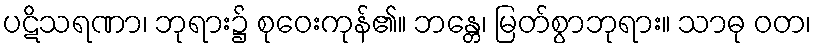
ပဋိသရဏာ၊ ဘုရား၌ စုဝေးကုန်၏။ ဘန္တေ၊ မြတ်စွာဘုရား။ သာဓု ဝတ၊